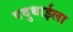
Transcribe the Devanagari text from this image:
पदुबाईला